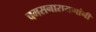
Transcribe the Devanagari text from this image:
चमसनारायणांनी